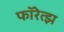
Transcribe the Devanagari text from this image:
फॉरेत्झ